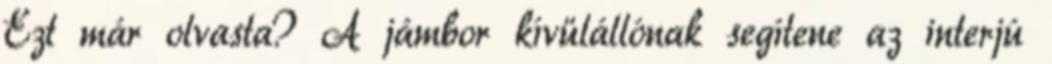
Ezt már olvasta? A jámbor kívülállónak segítene az interjú